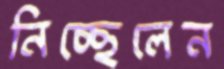
নিচ্ছেলেন